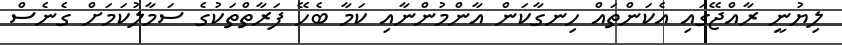
ލިޔުނީ ރާއްޖޭގައި އެކަންތައް ހިނގާކަން އާންމުންނާއި ކަމާ ބެހޭ ފަރާތްތަކުގެ ސަމާލުކަމަށް ގެނެސް